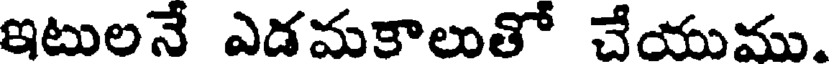
ఇటులనే ఎడమకాలుతో చేయుము.